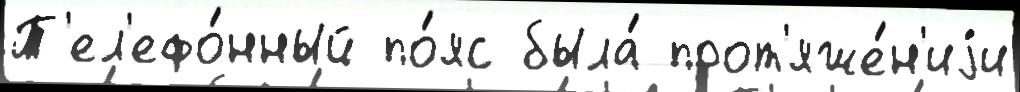
Т'ел'ефо́нный по́яс была́ прот'яже́н'иjи